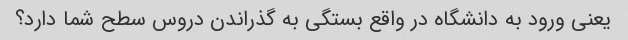
یعنی ورود به دانشگاه در واقع بستگی به گذراندن دروس سطح شما دارد؟